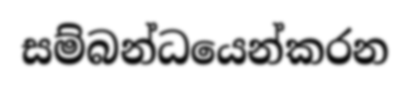
සම්බන්ධයෙන්කරන